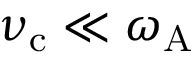
\nu _ { \mathrm { c } } \ll \omega _ { \mathrm { A } }